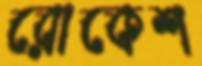
রোকেশ